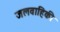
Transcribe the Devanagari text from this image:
जलवाहिकी